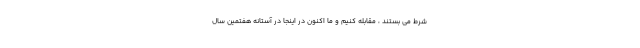
شرط می بستند ، مقابله کنیم و ما اکنون در اینجا در آستانه هفتمین سال